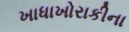
ખાધાખોરાકીના